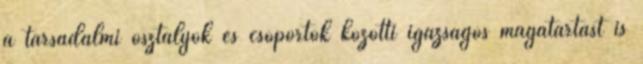
a társadalmi osztályok és csoportok közötti igazságos magatartást is